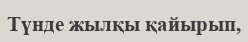
Түнде жылқы қайырып,